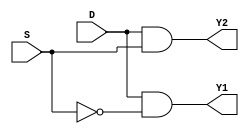
module DEMUX_design(
    input S,
    input D,
    output Y1,
    output Y2
    );
    wire w1;
    not(w1, S);
    and(Y1, D, w1);
    and(Y2, D, S);
endmodule